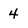
Character: 4